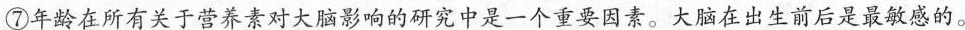
⑦年龄在所有关于营养素对大脑影响的研究中是一个重要因素。大脑在出生前后是最敏感的。